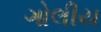
ગોલીય